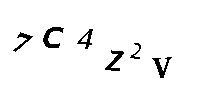
7C4Z2V